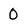
Character: 0